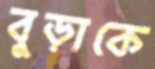
বুড়াকে